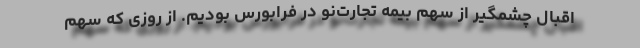
اقبال چشمگیر از سهم بیمه تجارت‌نو در فرابورس بودیم. از روزی که سهم